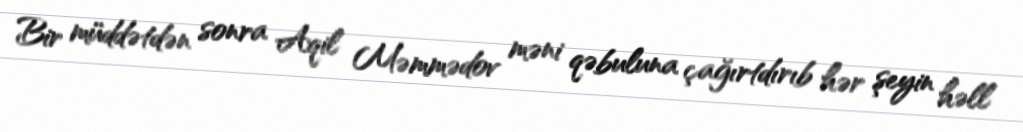
Bir müddətdən sonra Aqil Məmmədov məni qəbuluna çağırtdırıb hər şeyin həll